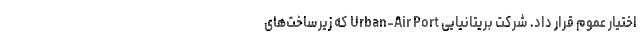
اختیار عموم قرار داد. شرکت بریتانیایی Urban-Air Port که زیرساخت‌های